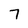
Character: 7